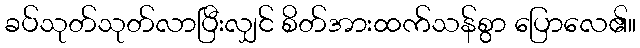
ခပ်သုတ်သုတ်လာပြီးလျှင် စိတ်အားထက်သန်စွာ ပြောလေ၏။